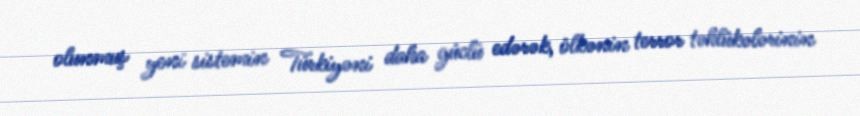
olunmuş yeni sistemin Türkiyəni daha güclü edərək, ölkənin terror təhlükələrinin